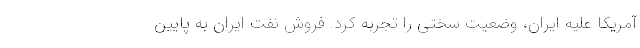
آمریکا علیه ایران، وضعیت سختی را تجربه کرد. فروش نفت ایران به پایین